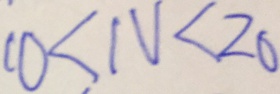
1 0 < N < 2 0